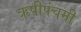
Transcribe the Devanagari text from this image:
ऋषीपंचमी